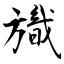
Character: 旘